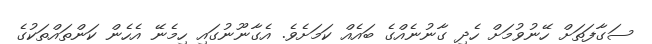
ސަގާފަތަށް ހޭނުވުމަށް ހެދި ގާނުނެއްގެ ބައެއް ކަމަށެވެ. އެގާނޫނުގައި ހިމެނޭ އެހެން ކަންތައްތަކުގެ